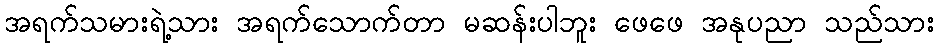
အရက်သမားရဲ့သား အရက်သောက်တာ မဆန်းပါဘူး ဖေဖေ အနုပညာ သည်သား